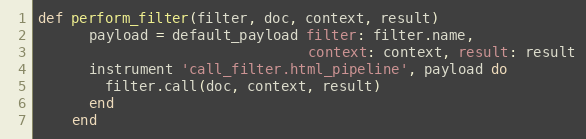
Language: Ruby
def perform_filter(filter, doc, context, result)
      payload = default_payload filter: filter.name,
                                context: context, result: result
      instrument 'call_filter.html_pipeline', payload do
        filter.call(doc, context, result)
      end
    end